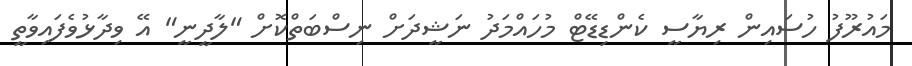
މައުރޫފު ހުސައިން ރިޔާސީ ކެންޑިޑޭޓް މުހައްމަދު ނަޝީދަށް ނިސްބަތްކޮށް "ލާދީނީ" އޭ ވިދާޅުވެފައިވާތީ